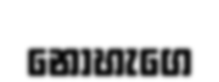
නොහැගෙ